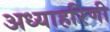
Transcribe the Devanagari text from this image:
अध्याहरिणी